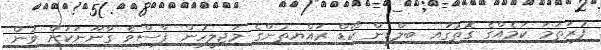
ފުރަތަމަ ކަމެއްގެ ގޮތުގައި ބިލްޑިން ކޯޑް ރައްޔިތުންގެ މަޖިލީހުން ފާސްވެ ގާނޫނަކަށް ވުން